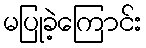
မပြုခဲ့ကြောင်း